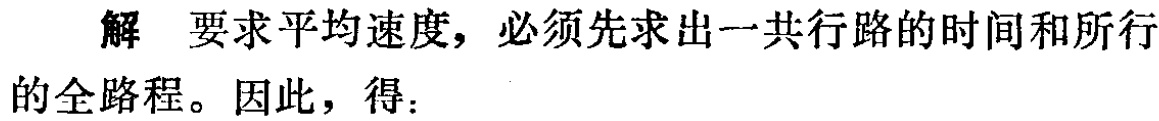
解 要求平均速度，必须先求出一共行路的时间和所行的全路程。因此，得：